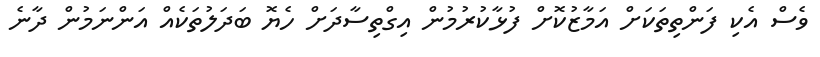
ވެސް އެކި ފަންތިތަކަށް އަމާޒުކޮށް ފުޅާކުރުމުން އިގްތިސާދަށް ހެޔޮ ބަދަލުތަކެއް އަންނަމުން ދާނެ